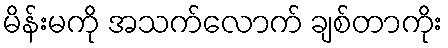
မိန်းမကို အသက်လောက် ချစ်တာကိုး